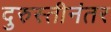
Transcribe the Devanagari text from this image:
दुरुस्तीनंतर